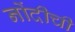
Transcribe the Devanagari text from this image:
नोंदीची